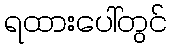
ရထားပေါ်တွင်